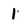
Character: 1